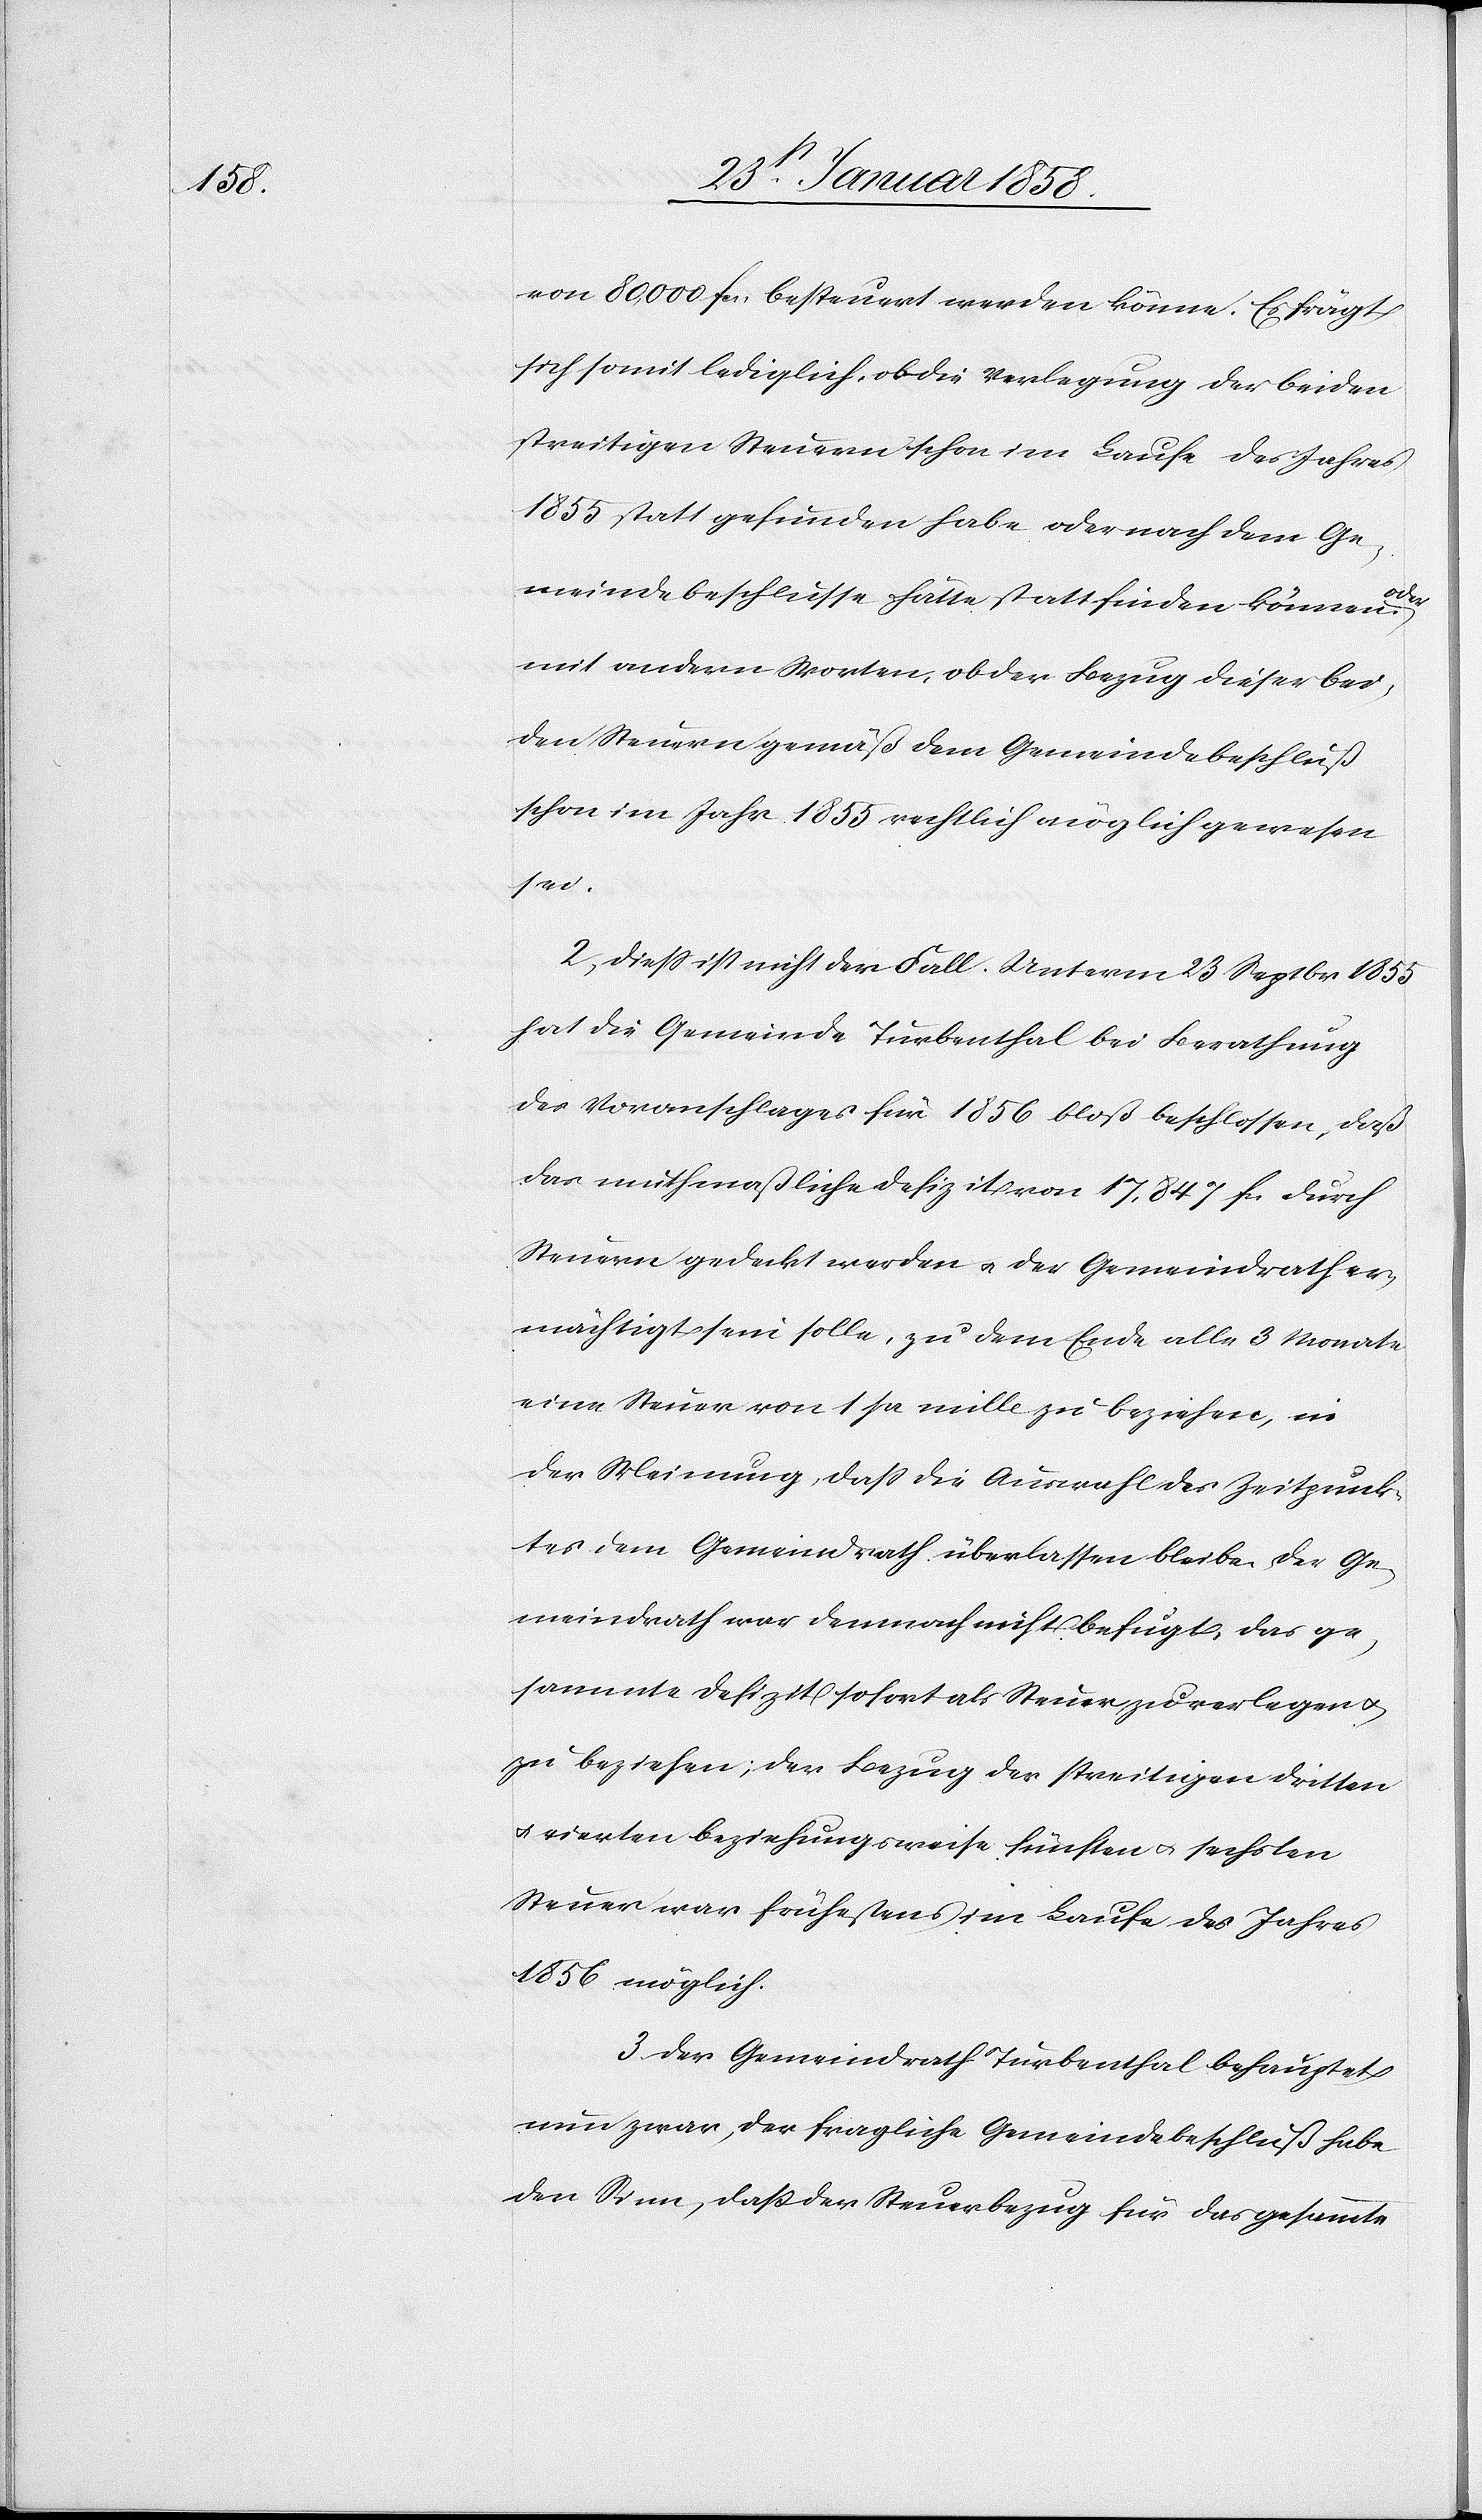
von 80,000 fcs. besteuert werden könne. Es frägt
sich somit lediglich, ob die Verlegung der beiden
streitigen Steuern schon im Laufe des Jahres
1855 statt gefunden habe oder nach dem Ge¬
meindebeschlusse hätte stattfinden können
mit andern Worten, ob der Bezug dieser bei¬
den Steuern gemäß dem Gemeindebeschluß
schon im Jahr 1855 rechtlich möglich gewesen
sei.
2. Dieß ist nicht der Fall. Unterm 23 Septbr 1855
hat die Gemeinde Turbenthal bei Berathung
des Voranschlages für 1856 bloß beschlossen, daß
das muthmaßliche Defizit von 17,847 fcs durch
Steuern gedeckt werden u. der Gemeindrath er¬
mächtigt sein solle, zu dem Ende alle 3 Monate
eine Steuer von 1 pr. mille zu beziehen, in
der Meinung, daß die Auswahl des Zeitpunk¬
tes dem Gemeindrath überlassen bleibe. Der Ge¬
meindrath war demnach nicht befugt, das ge¬
sammte Defizit sofort als Steuer zu verlegen u.
zu beziehen; der Bezug der streitigen dritten
u. vierten beziehungsweise fünften u. sechsten
Steuer war frühestens im Laufe des Jahres
1856 möglich.
3. Der Gemeindrath Turbenthal behauptet
nun zwar, der fragliche Gemeindebeschluß habe
den Sinn, daß der Steuerbezug für das gesammte